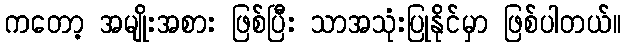
ကတော့ အမျိုးအစား ဖြစ်ပြီး သာအသုံးပြုနိုင်မှာ ဖြစ်ပါတယ်။